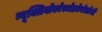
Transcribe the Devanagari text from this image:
न्यूक्लियोकोस्मोक्रोनोलोजी